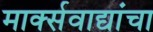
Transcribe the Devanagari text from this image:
मार्क्सवाद्यांचा